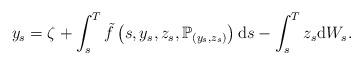
LaTeX: \begin{align*}y_{s}=\zeta +\int_{s}^{T}\tilde{f}\left( s,y_{s},z_{s},\mathbb{P}_{\left(y_{s},z_{s}\right) }\right) \mathrm{d}s-\int_{s}^{T}z_{s}\mathrm{d}W_{s}.\end{align*}